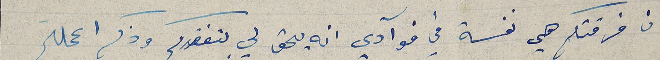
ان فرقتكم هي نفسة في فوآدي انه يحق لي بتفقدكم وذكر اعمالكم